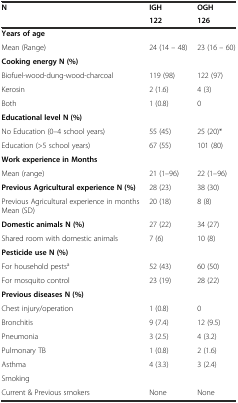
| <ROWSPAN=2> N | IGH | OGH |
 | 122 | 126 |
 | --- | --- | --- |
 | Years of age |  |  |
 | Mean (Range) | 24 (14 – 48) | 23 (16 – 60) |
 | Cooking energy N (%) |  |  |
 | Biofuel-wood-dung-wood-charcoal | 119 (98) | 122 (97) |
 | Kerosin | 2 (1.6) | 4 (3) |
 | Both | 1 (0.8) | 0 |
 | Educational level N (%) |  |  |
 | No Education (0–4 school years) | 55 (45) | 25 (20)* |
 | Education (>5 school years) | 67 (55) | 101 (80) |
 | Work experience in Months |  |  |
 | Mean (range) | 21 (1–96) | 22 (1–96) |
 | Previous Agricultural experience N (%) | 28 (23) | 38 (30) |
 | Previous Agricultural experience in months Mean (SD) | 20 (18) | 8 (8) |
 | Domestic animals N (%) | 27 (22) | 34 (27) |
 | Shared room with domestic animals | 7 (6) | 10 (8) |
 | Pesticide use N (%) |  |  |
 | For household pestsa | 52 (43) | 60 (50) |
 | For mosquito control | 23 (19) | 28 (22) |
 | Previous diseases N (%) |  |  |
 | Chest injury/operation | 1 (0.8) | 0 |
 | Bronchitis | 9 (7.4) | 12 (9.5) |
 | Pneumonia | 3 (2.5) | 4 (3.2) |
 | Pulmonary TB | 1 (0.8) | 2 (1.6) |
 | Asthma | 4 (3.3) | 3 (2.4) |
 | Smoking |  |  |
 | Current & Previous smokers | None | None |